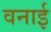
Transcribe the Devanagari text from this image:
वनाई